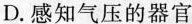
D.感知气压的器官